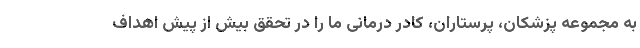
به مجموعه پزشکان، پرستاران، کادر درمانی ما را در تحقق بیش از پیش اهداف